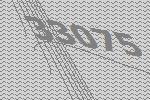
33075